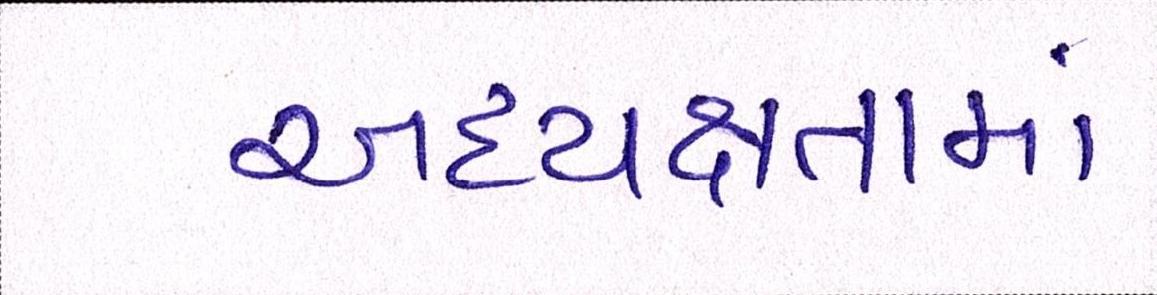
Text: અધ્યક્ષતામાં